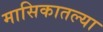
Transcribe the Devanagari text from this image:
मासिकातल्या